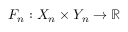
F _ { n } : X _ { n } \times Y _ { n } \rightarrow \mathbb { R }